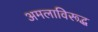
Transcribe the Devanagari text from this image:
अमलाविरूद्ध